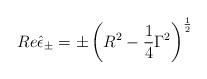
LaTeX: \begin{align*}Re\hat \epsilon _{\pm }=\pm \left( R^2-\frac 14\Gamma^2\right) ^{\frac 12}\end{align*}